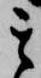
其